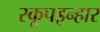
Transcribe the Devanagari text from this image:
स्कूपइन्हार